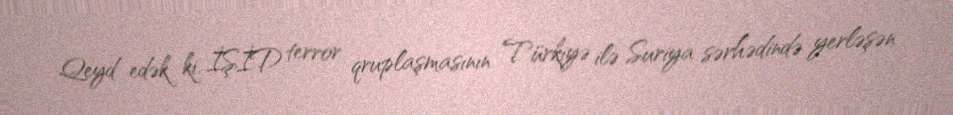
Qeyd edək ki, İŞİD terror qruplaşmasının Türkiyə ilə Suriya sərhədində yerləşən